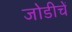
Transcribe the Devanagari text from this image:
जोडीचें